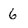
Character: 6